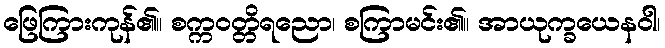
ဖြေကြားကုန်၏။ စက္ကဝတ္တိရညော၊ စကြာမင်း၏။ အာယုက္ခယေနဝါ၊